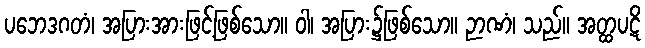
ပဘေဒဂတံ၊ အပြားအားဖြင့်ဖြစ်သော။ ဝါ၊ အပြား၌ဖြစ်သော။ ဉာဏံ၊ သည်။ အတ္ထပဋိ